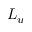
L _ { u }